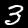
Label: 3